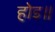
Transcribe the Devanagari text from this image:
होइ॥